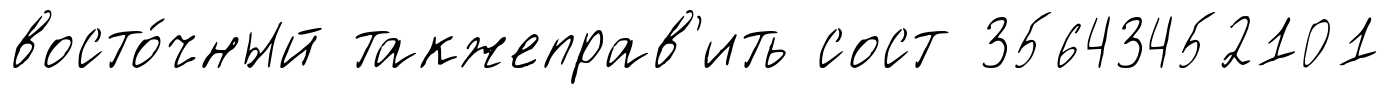
восто́чный такжеправ'ить сост 35643452101